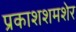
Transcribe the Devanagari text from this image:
प्रकाशशमशेर